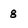
Character: 8